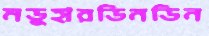
মডুহারডিনডিন